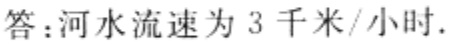
答：河水流速为 3 千米/小时.